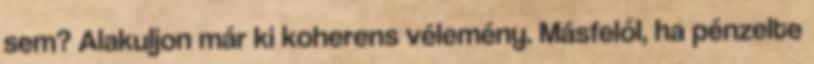
sem? Alakuljon már ki koherens vélemény. Másfelől, ha pénzelte